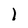
Character: I